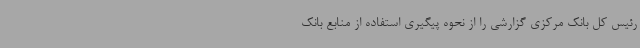
رئیس کل بانک مرکزی گزارشی را از نحوه پیگیری استفاده از منابع بانک